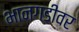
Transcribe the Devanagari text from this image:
भानगडीवर